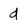
Character: d